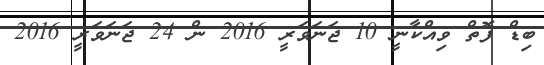
ބިޑް ފޮތް ވިއްކާނީ 10 ޖަނަވަރީ 2016 ން 24 ޖަނަވަރީ 2016